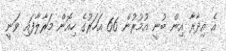
އެ އިދާރާ އިން ބުނީ އުމުރުން 66 އަަހަރުގެ ހިއޮން މަރާލާފައި ވަނީ